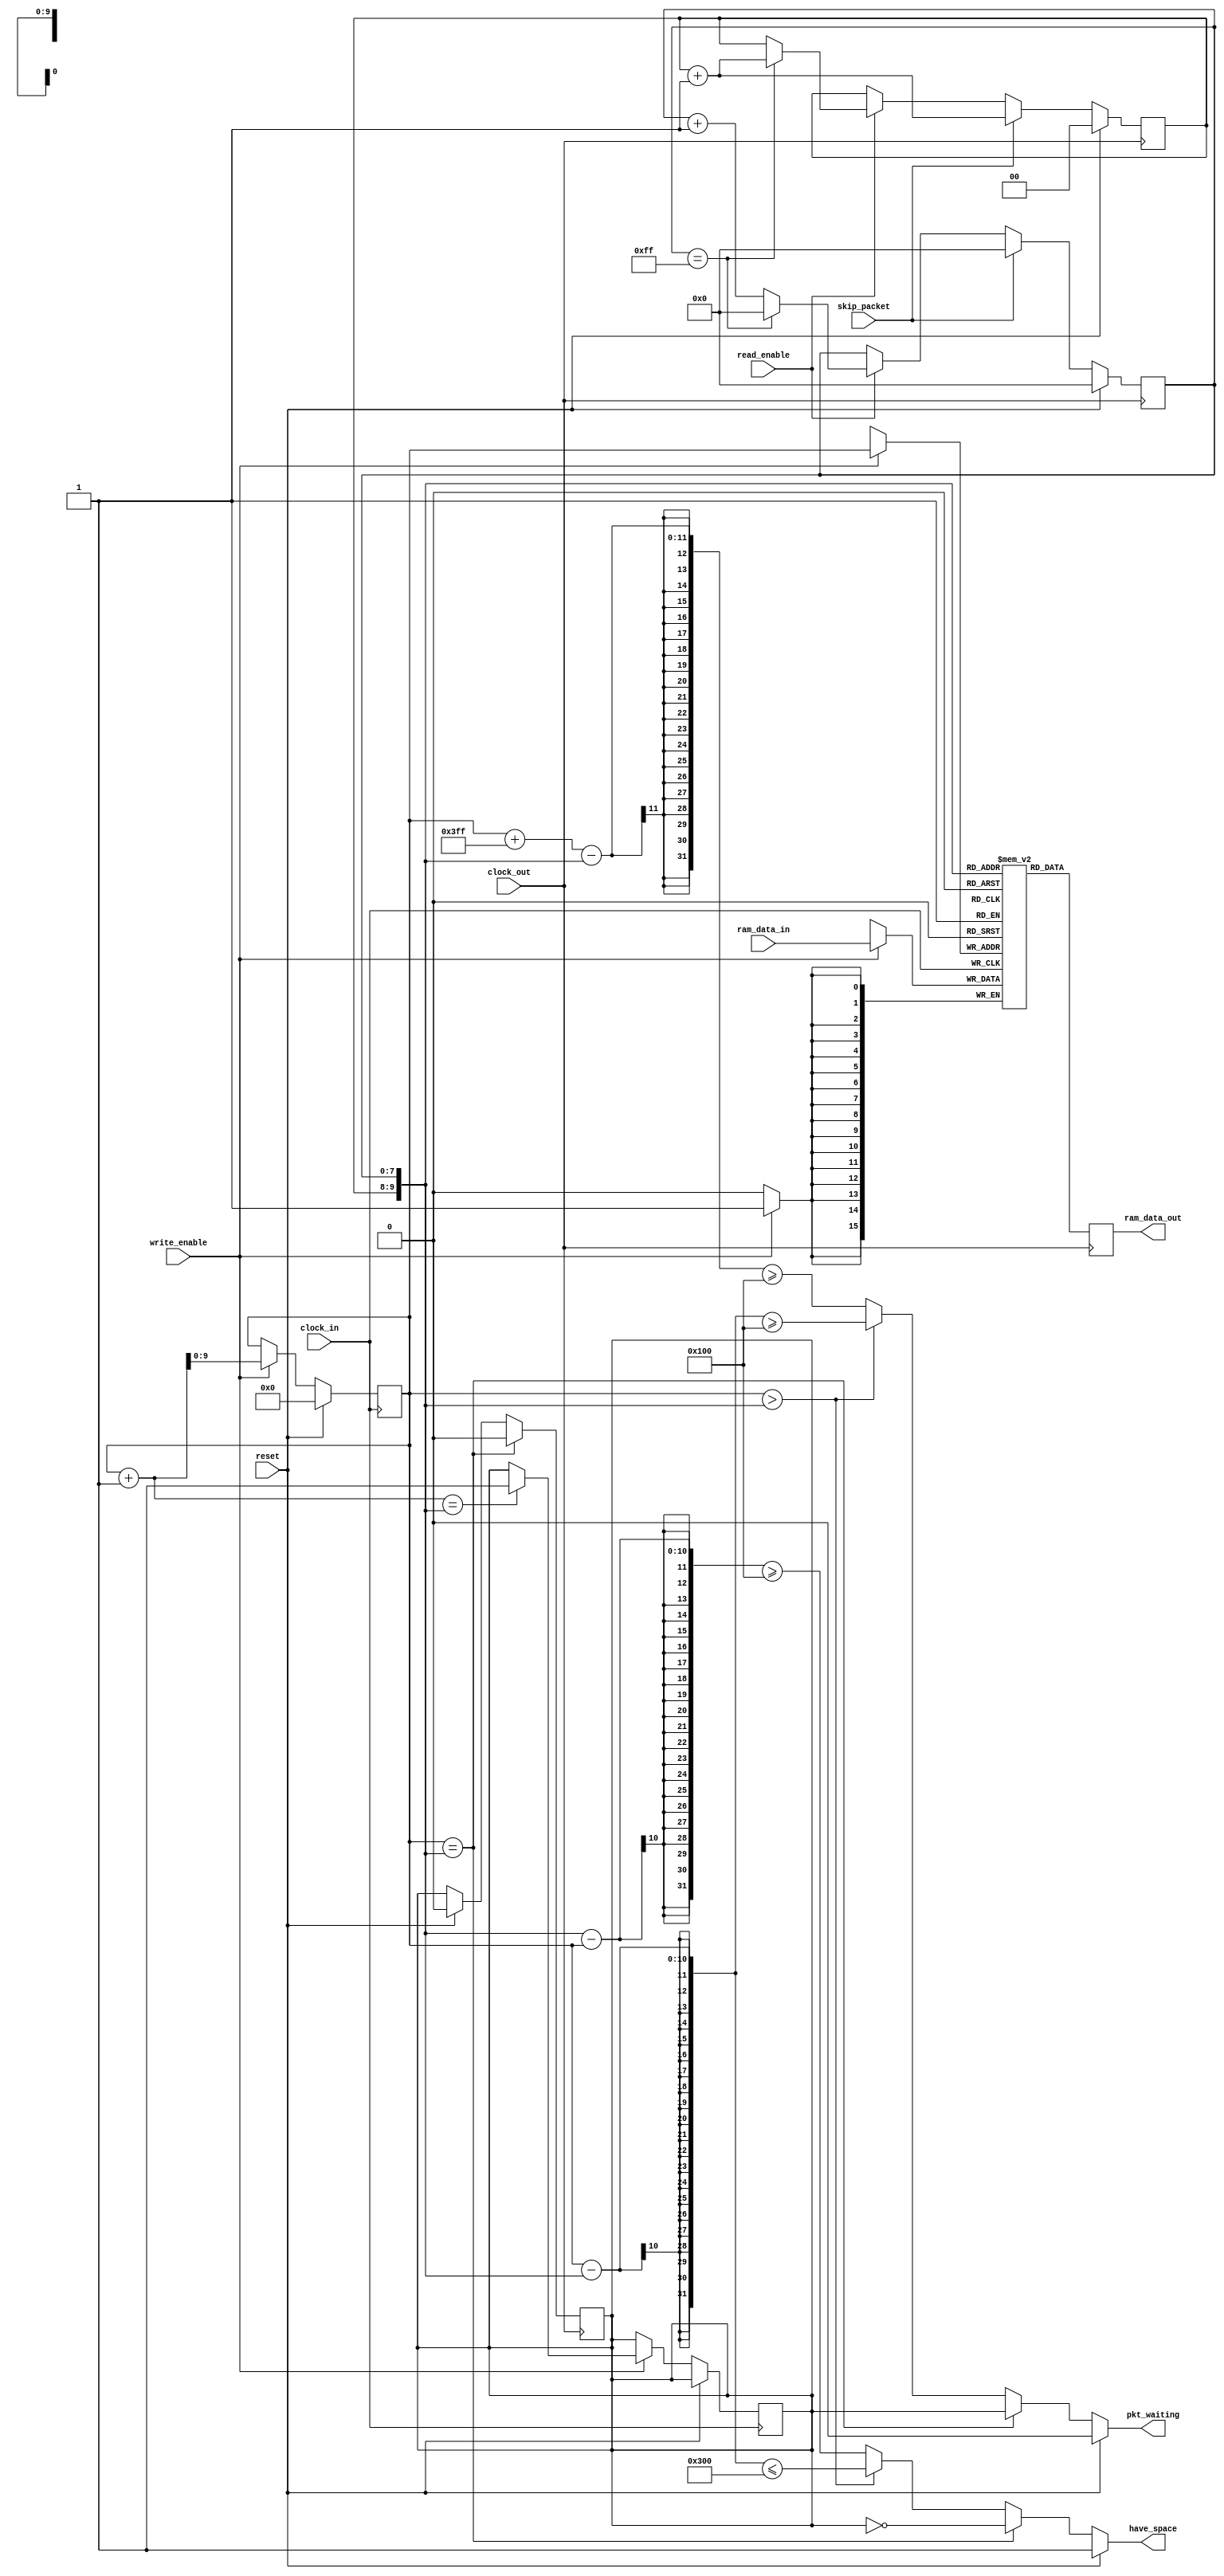
module usb_packet_fifo 
  ( input       reset,
    input       clock_in,
    input       clock_out,
    input       [15:0]ram_data_in,
    input       write_enable,
    output  reg [15:0]ram_data_out,
    output  reg pkt_waiting,
    output  reg have_space,
    input       read_enable,
    input       skip_packet          ) ;

    /* Some parameters for usage later on */
    parameter DATA_WIDTH = 16 ;
    parameter NUM_PACKETS = 4 ;

    /* Create the RAM here */
    reg [DATA_WIDTH-1:0] usb_ram [256*NUM_PACKETS-1:0] ;

    /* Create the address signals */
    reg [7-2+NUM_PACKETS:0] usb_ram_ain ;
    reg [7:0] usb_ram_offset ;
    reg [1:0] usb_ram_packet ;

    wire [7-2+NUM_PACKETS:0] usb_ram_aout ;
    reg isfull;

    assign usb_ram_aout = {usb_ram_packet,usb_ram_offset} ;
    
    // Check if there is one full packet to process
    always @(usb_ram_ain, usb_ram_aout)
    begin
        if (reset)
            pkt_waiting <= 0;
        else if (usb_ram_ain == usb_ram_aout)
            pkt_waiting <= isfull;
        else if (usb_ram_ain > usb_ram_aout)
            pkt_waiting <= (usb_ram_ain - usb_ram_aout) >= 256;
        else
            pkt_waiting <= (usb_ram_ain + 10'b1111111111 - usb_ram_aout) >= 256;
    end
    
    // Check if there is room
    always @(usb_ram_ain, usb_ram_aout)
    begin
        if (reset)
            have_space <= 1;
        else if (usb_ram_ain == usb_ram_aout)
            have_space <= ~isfull;   
        else if (usb_ram_ain > usb_ram_aout)
            have_space <= (usb_ram_ain - usb_ram_aout) <= 256 * (NUM_PACKETS - 1);
        else
            have_space <= (usb_ram_aout - usb_ram_ain) >= 256;
    end

    /* RAM Write Address process */
    always @(posedge clock_in)
    begin
        if( reset )
            usb_ram_ain <= 0 ;
        else
            if( write_enable ) 
              begin
                usb_ram_ain <= usb_ram_ain + 1 ;
                if (usb_ram_ain + 1 == usb_ram_aout)
                   isfull <= 1;
              end
    end

    /* RAM Writing process */
    always @(posedge clock_in)
    begin
        if( write_enable ) 
          begin
            usb_ram[usb_ram_ain] <= ram_data_in ;
          end
    end

    /* RAM Read Address process */
    always @(posedge clock_out)
    begin
        if( reset ) 
          begin
            usb_ram_packet <= 0 ;
            usb_ram_offset <= 0 ;
            isfull <= 0;
          end
        else
            if( skip_packet )
              begin
                usb_ram_packet <= usb_ram_packet + 1 ;
                usb_ram_offset <= 0 ;
              end
            else if(read_enable)
                if( usb_ram_offset == 8'b11111111 )
                  begin
                    usb_ram_offset <= 0 ;
                    usb_ram_packet <= usb_ram_packet + 1 ;
                  end
                else
                    usb_ram_offset <= usb_ram_offset + 1 ;
            if (usb_ram_ain == usb_ram_aout)
               isfull <= 0;                       
    end

    /* RAM Reading Process */
    always @(posedge clock_out)
    begin
        ram_data_out <= usb_ram[usb_ram_aout] ;
    end

endmodule